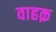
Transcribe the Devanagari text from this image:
वाहक़